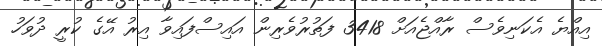
އިއްޔެ އެކަނިވެސް ރާއްޖެއަށް 3418 ފަތުރުވެރިން އައިސްފައިވާ އިރު އޭގެ ކުރީ ދުވަހު